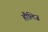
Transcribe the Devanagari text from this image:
हौलिज़